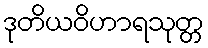
ဒုတိယဝိဟာရသုတ္တ